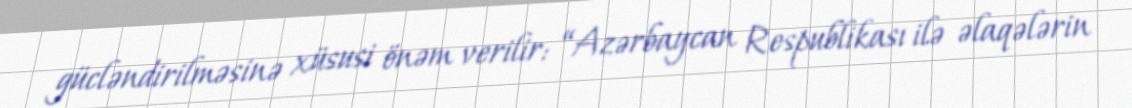
gücləndirilməsinə xüsusi önəm verilir: “Azərbaycan Respublikası ilə əlaqələrin